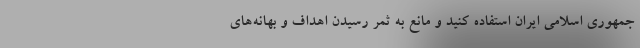
جمهوری اسلامی ایران استفاده کنید و مانع به ثمر رسیدن اهداف و بهانه‌های